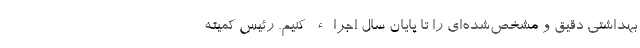
بهداشتی دقیق و مشخص‌شده‌ای را تا پایان سال اجراء کنیم. رئیس کمیته